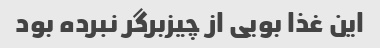
این غذا بویی از چیزبرگر نبرده بود